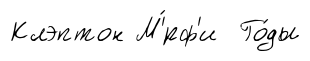
Клэптон М'́рф'и Го́ды